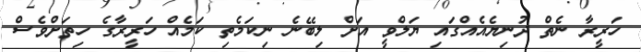
ހަރީރާ ނެތް ދުނިޔެއެއްގައި ޔަލްވީ އަށް ލިބޭނެ ނިކަމެތި ކަމެއް ހަރީރާގެ ހިތަށްވެސް